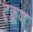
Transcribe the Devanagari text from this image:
दृक्क्रण